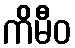
ကိမီဝ